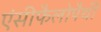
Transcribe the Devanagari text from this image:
एंसीफैलोपैथी